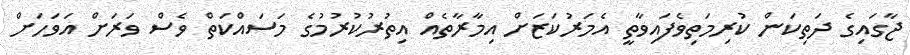
ޖާގައިގެ ދަތިކަން ކުރިމަތިވެފައިވާތީ އެމަރުކަޒަށް އިމާރާތެއް އިތުރުކުރުމުގެ މަސައްކަތް ވެސް ވަރަށް އަވަހަށް